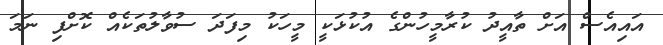
އައިއެސް އަށް ތާއީދު ކުރާމީހުންގެ އުކުޅަކީ މީހަކު މިފަދަ ސުވާލުތަކެއް ކޮށްފި ނަމަ